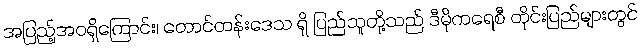
အပြည့်အဝရှိကြောင်း၊ တောင်တန်းဒေသ ရှိ ပြည်သူတို့သည် ဒီမိုကရေစီ တိုင်းပြည်များတွင်